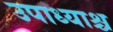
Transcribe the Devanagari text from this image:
उपाध्याश्च